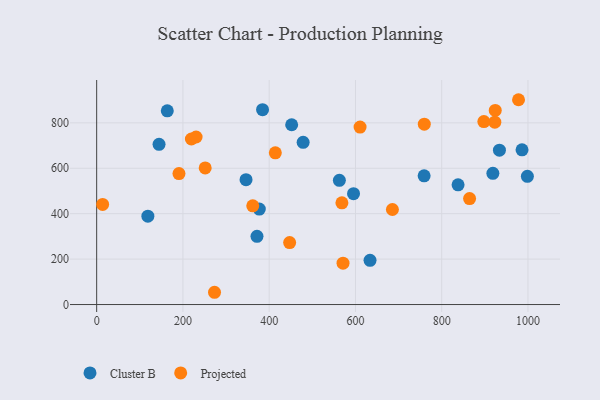
{"axis": {"x": "Ad Spend", "y": "Fuel Efficiency"}, "legend": ["Cluster B", "Projected"], "data": [{"x": "118.7", "y": 388.9, "type": "Cluster B"}, {"x": "633.8", "y": 194.7, "type": "Cluster B"}, {"x": "595.5", "y": 488.0, "type": "Cluster B"}, {"x": "346.3", "y": 549.6, "type": "Cluster B"}, {"x": "371.7", "y": 300.1, "type": "Cluster B"}, {"x": "837.9", "y": 527.0, "type": "Cluster B"}, {"x": "998.6", "y": 564.4, "type": "Cluster B"}, {"x": "918.6", "y": 577.6, "type": "Cluster B"}, {"x": "562.7", "y": 546.9, "type": "Cluster B"}, {"x": "384.6", "y": 857.8, "type": "Cluster B"}, {"x": "986.2", "y": 681.2, "type": "Cluster B"}, {"x": "163.7", "y": 853.0, "type": "Cluster B"}, {"x": "478.7", "y": 714.3, "type": "Cluster B"}, {"x": "759.2", "y": 566.7, "type": "Cluster B"}, {"x": "144.6", "y": 705.5, "type": "Cluster B"}, {"x": "377.1", "y": 420.4, "type": "Cluster B"}, {"x": "452.1", "y": 791.5, "type": "Cluster B"}, {"x": "933.8", "y": 679.8, "type": "Cluster B"}, {"x": "361.9", "y": 434.5, "type": "Projected"}, {"x": "219.6", "y": 728.9, "type": "Projected"}, {"x": "273.2", "y": 54.0, "type": "Projected"}, {"x": "923.1", "y": 803.0, "type": "Projected"}, {"x": "978.1", "y": 901.7, "type": "Projected"}, {"x": "230.5", "y": 737.5, "type": "Projected"}, {"x": "447.4", "y": 272.8, "type": "Projected"}, {"x": "414.2", "y": 667.8, "type": "Projected"}, {"x": "924.1", "y": 854.6, "type": "Projected"}, {"x": "13.8", "y": 440.8, "type": "Projected"}, {"x": "685.7", "y": 418.4, "type": "Projected"}, {"x": "571.2", "y": 181.9, "type": "Projected"}, {"x": "759.6", "y": 794.0, "type": "Projected"}, {"x": "864.6", "y": 466.4, "type": "Projected"}, {"x": "610.7", "y": 781.3, "type": "Projected"}, {"x": "568.6", "y": 447.8, "type": "Projected"}, {"x": "897.7", "y": 805.4, "type": "Projected"}, {"x": "251.6", "y": 601.3, "type": "Projected"}, {"x": "190.8", "y": 576.4, "type": "Projected"}]}